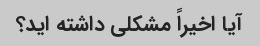
آیا اخیراً مشکلی داشته اید؟